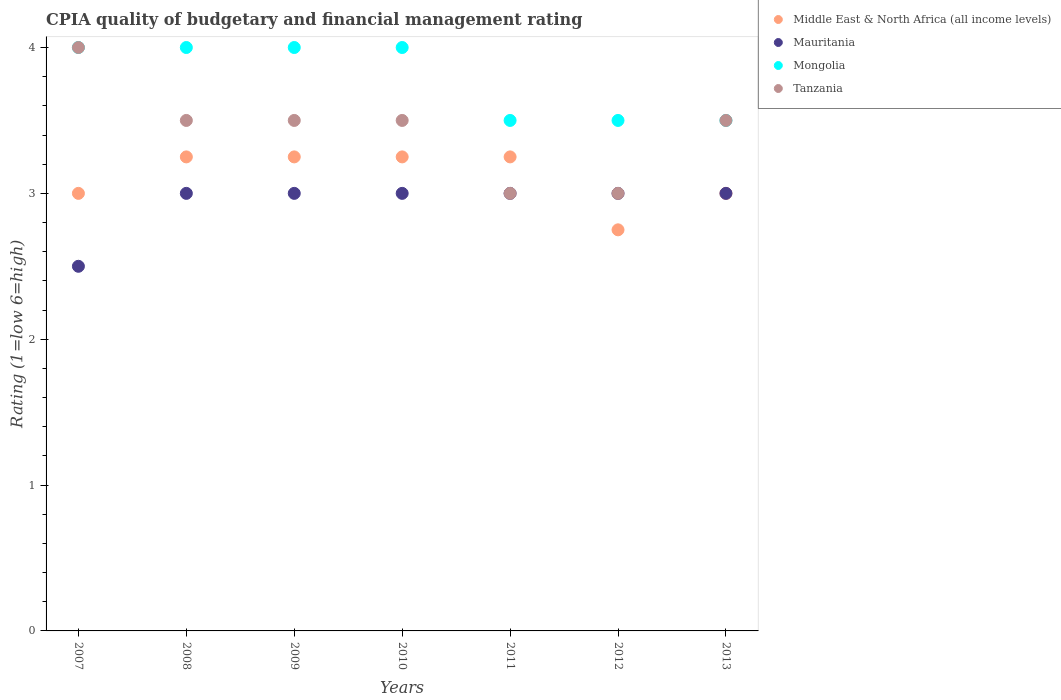
| Years | Middle East & North Africa (all income levels) | Mauritania | Mongolia | Tanzania |
 | --- | --- | --- | --- | --- |
 | 2007 | 3 | 2.5 | 4 | 4 |
 | 2008 | 3.25 | 3 | 4 | 3.5 |
 | 2009 | 3.25 | 3 | 4 | 3.5 |
 | 2010 | 3.25 | 3 | 4 | 3.5 |
 | 2011 | 3.25 | 3 | 3.5 | 3 |
 | 2012 | 2.75 | 3 | 3.5 | 3 |
 | 2013 | 3 | 3 | 3.5 | 3.5 |